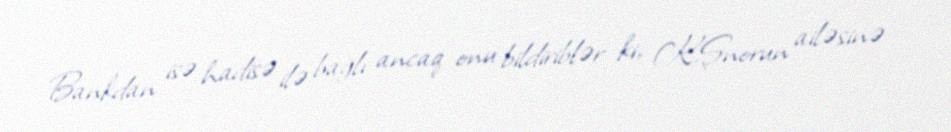
Bankdan isə hadisə ilə bağlı ancaq onu bildiriblər ki, K.Şnorun ailəsinə